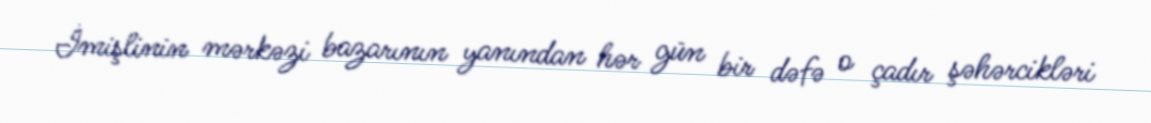
İmişlinin mərkəzi bazarının yanından hər gün bir dəfə o çadır şəhərcikləri